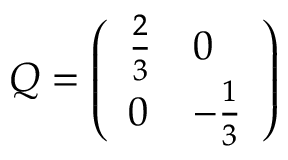
Q = \left( \begin{array} { l l } { { { \frac { 2 } { 3 } } } } & { { 0 } } \\ { { 0 } } & { { - { \frac { 1 } { 3 } } } } \end{array} \right)